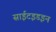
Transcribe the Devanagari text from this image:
साईटइडइन